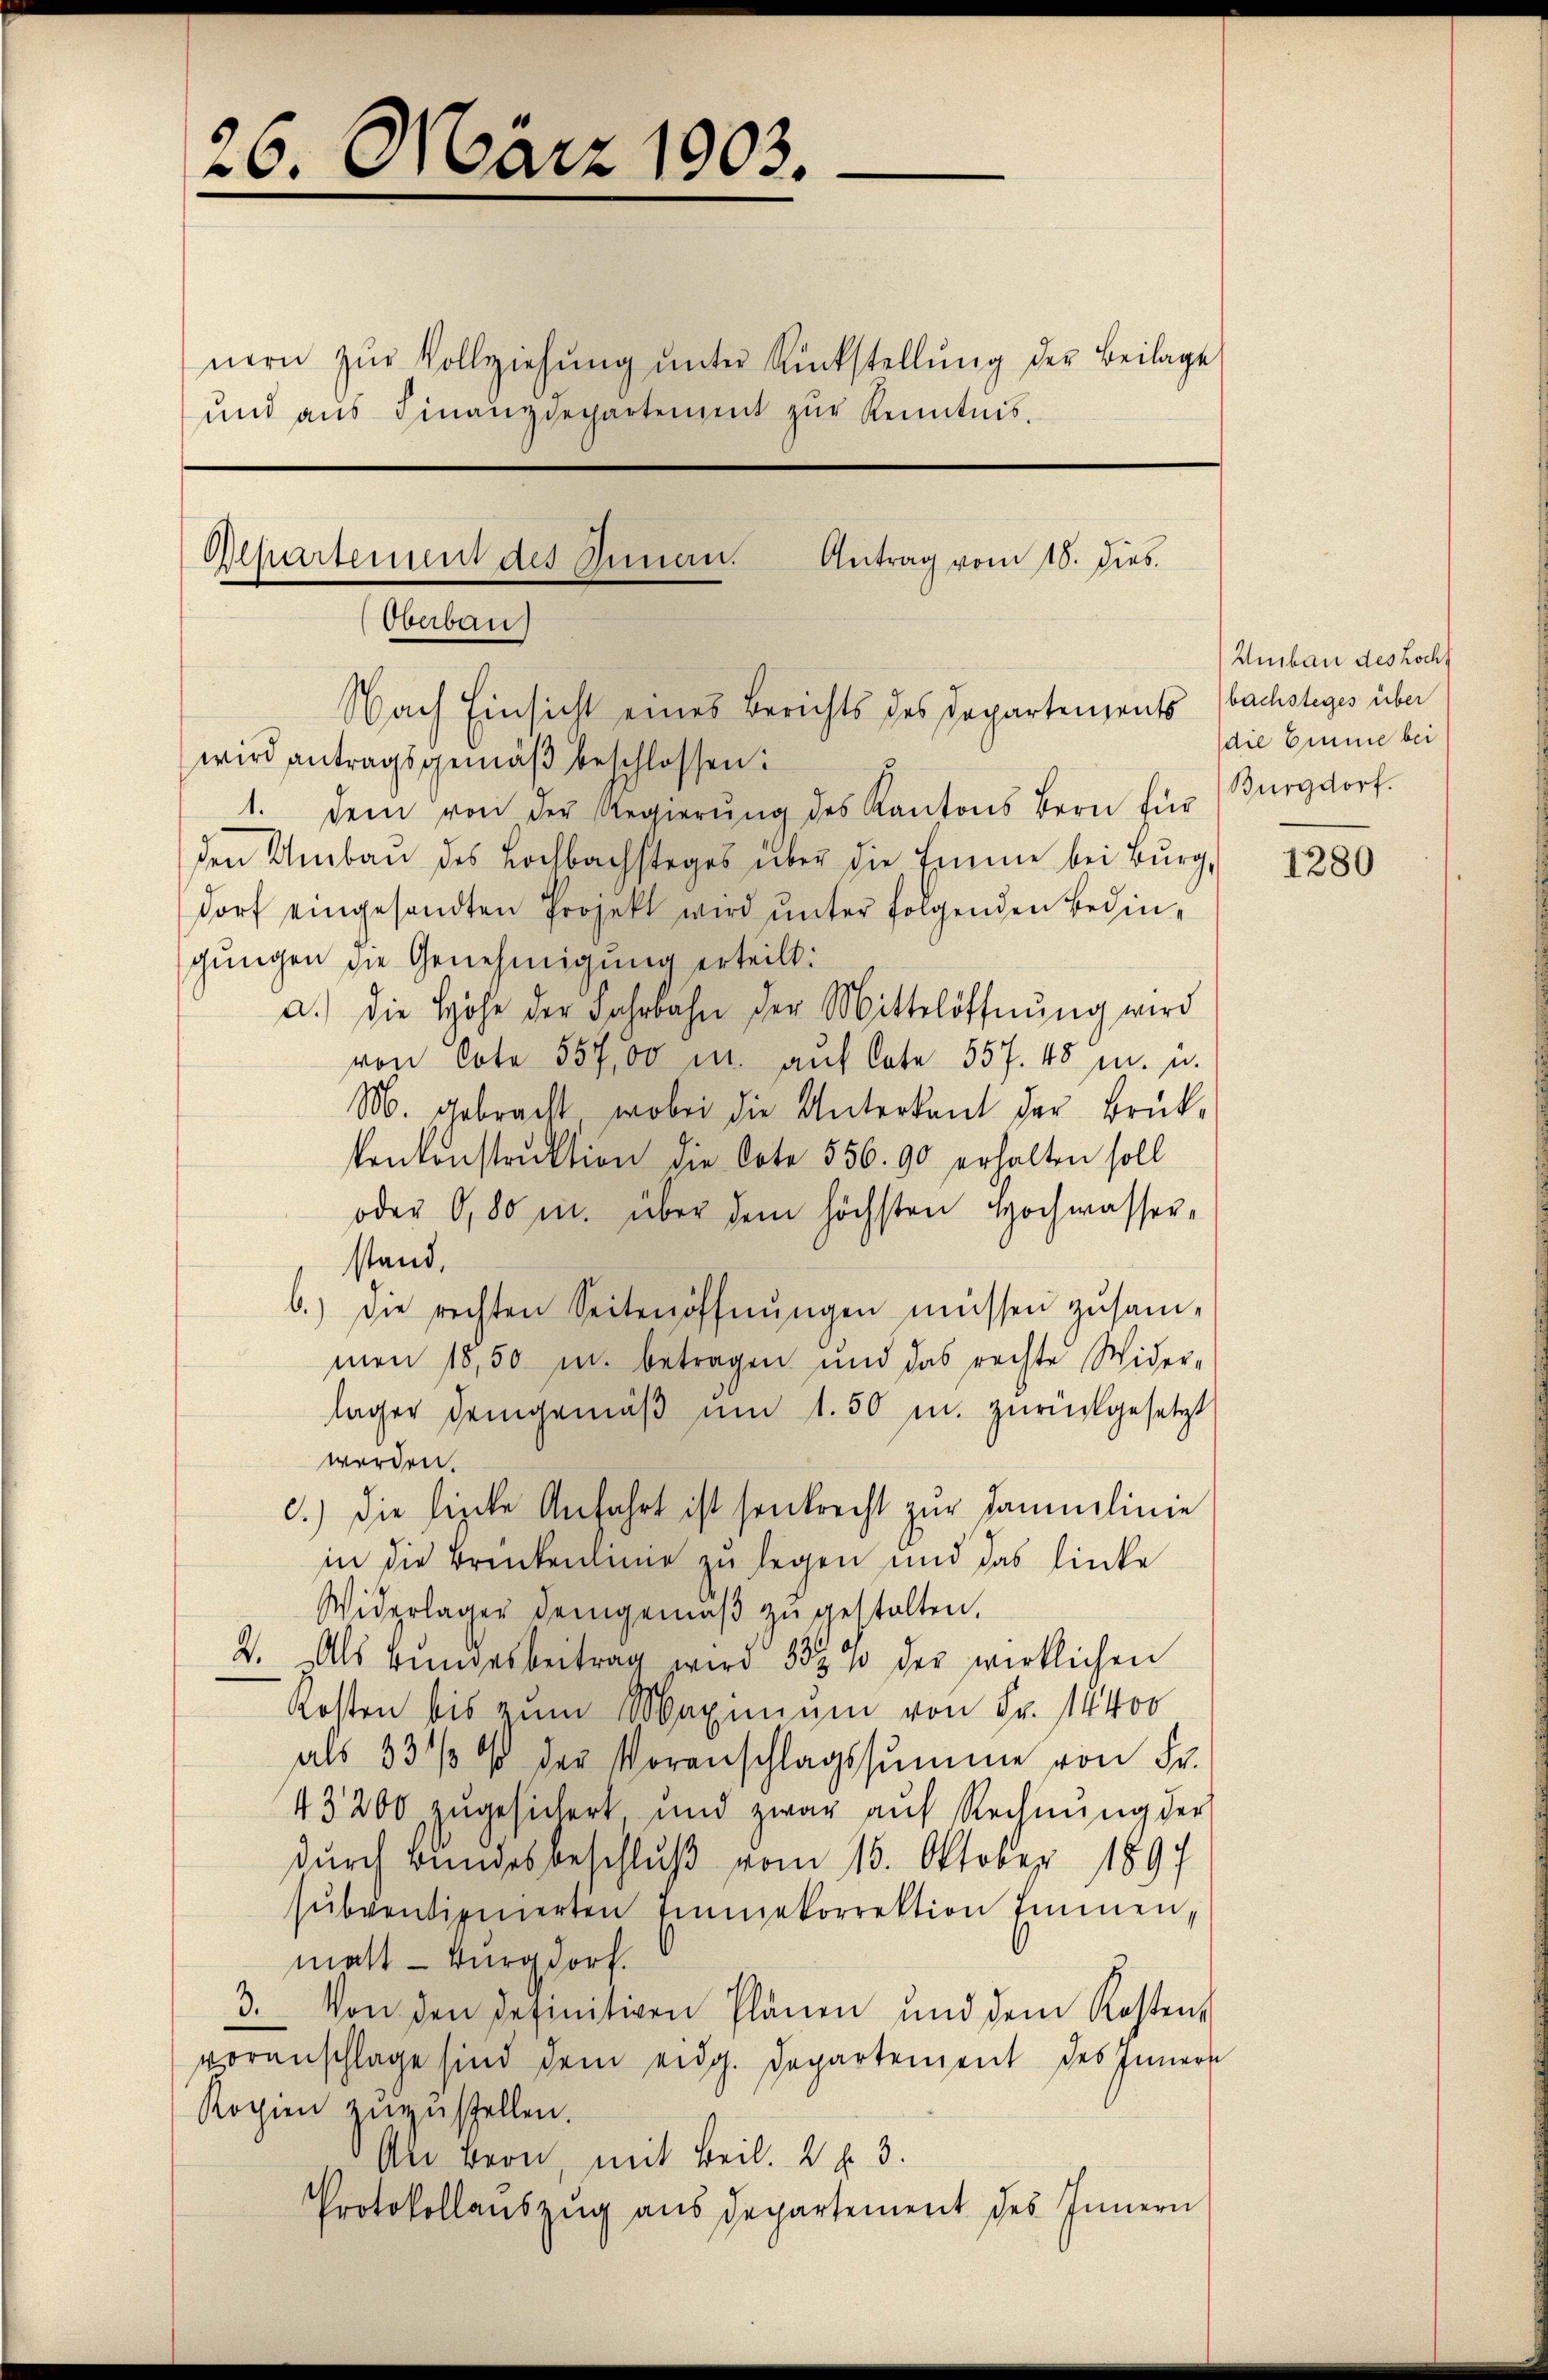
26. März 1903.

nern zŭr Vollziehŭng ŭnter Rückstellŭng der Beilage
und aŭs Finanzdepartement zŭr Kenntnis.
Antrag vom 18. Dieb.
Alpartement des Innen.

Oberbau
Nach Einsicht eines Berichts des Departements
wird antragsgemäß beschlossen:

1. Dem von der Regierŭng des Kantons Bern für
den Umbaŭ des Lochbachstages über die Emme bei Burg,
dorf eingesandten Projekt wird ŭnter folgenden Bedingŭngen die Genehmigung erteilt:
a.) die Höhe der Fahrbahn der Mittelöffnŭng wird
von Cote 557,00 m. auf late 557. 48 m. u.
M. gebracht, wobei die Unterkant der Brück-
kenkonstruktion die Cote 556. 90 erhalten soll
oder O, 80 u. über dem höchsten Hochwasser,
stand.
b.) Die rechten Seitenöffnŭngen müssen zusam-
men 18,50 u. betragen und das rechte Wider-
lager demgemäβ ŭm 1.50 m. zurückgesetzt
werden.
c.) die linke Anfahrt ist sonkrecht zur Sammlinie
in die Brenkenlung zu legen und das linke
Widerlager demgemäβ zŭ gestalten.
2. Als Bŭndesbeitrag wird 333 u der wirklichen
Kosten bis zum Maximum von Fr. 14400
als 33 / % der Voranschlagssumme von Fr.
43200 zugesichert und zwar aŭf Rechnŭng der
durch Bundesbeschluß vom 16. Oktober 1897
sŭbventionierten einmekorrektion Immen,
malt Burgdorf.
3. Von den definitiven Plänen und dem Kosten-
voranschlage sind dem eidg. Departement des Innern
Kopien zuzustellen.
An Bern, mit Beil. 2 f. 3.
Protokollaŭszŭg aŭs departement des Innern

Umbau des Hochf
bachsteges über
die Eine bei
Burgdorf.

1280